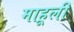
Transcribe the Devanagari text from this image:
माहूली